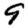
Digit: 9